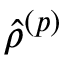
\hat { \rho } ^ { \left( p \right) }